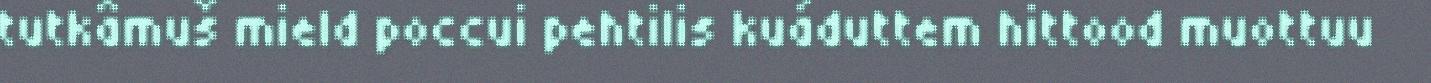
tutkâmuš mield poccui pehtilis kuáduttem hittood muottuu